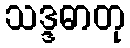
သဒ္ဒဓာတု